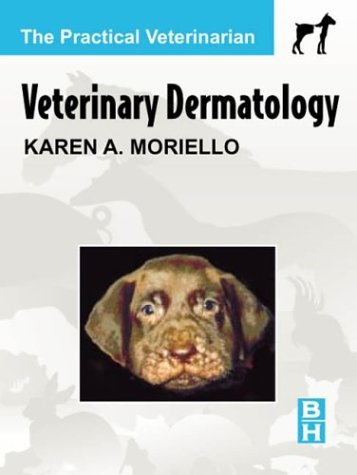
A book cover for Veterinary Dermatology; Karen A. Moriello; Medical Books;